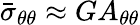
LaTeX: \bar{\sigma}_{\theta\theta}\approx GA_{\theta\theta}